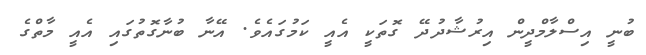
ބުނީ އިސްލާމްދީން އިރުޝާދުދޭ ގޮތަކީ އެއީ ކަމުގައެވެ. އޭނާ ބުނާގޮތުގައި އެއީ މާތްގެ